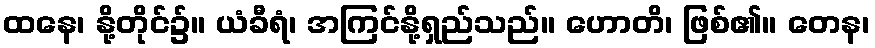
ထနေ၊ နို့တိုင်၌။ ယံခီရံ၊ အကြင်နို့ရှည်သည်။ ဟောတိ၊ ဖြစ်၏။ တေန၊